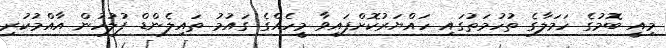
މިއީ ބޮމުގެ ހަަމަލާގެ ތުހުމަތުގައި ހައްޔަރުކޮށްފައިވާ މީހެއްގެ ގައުމު ތައިލެންޑް ފުލުހުން އާއްމުކުރި